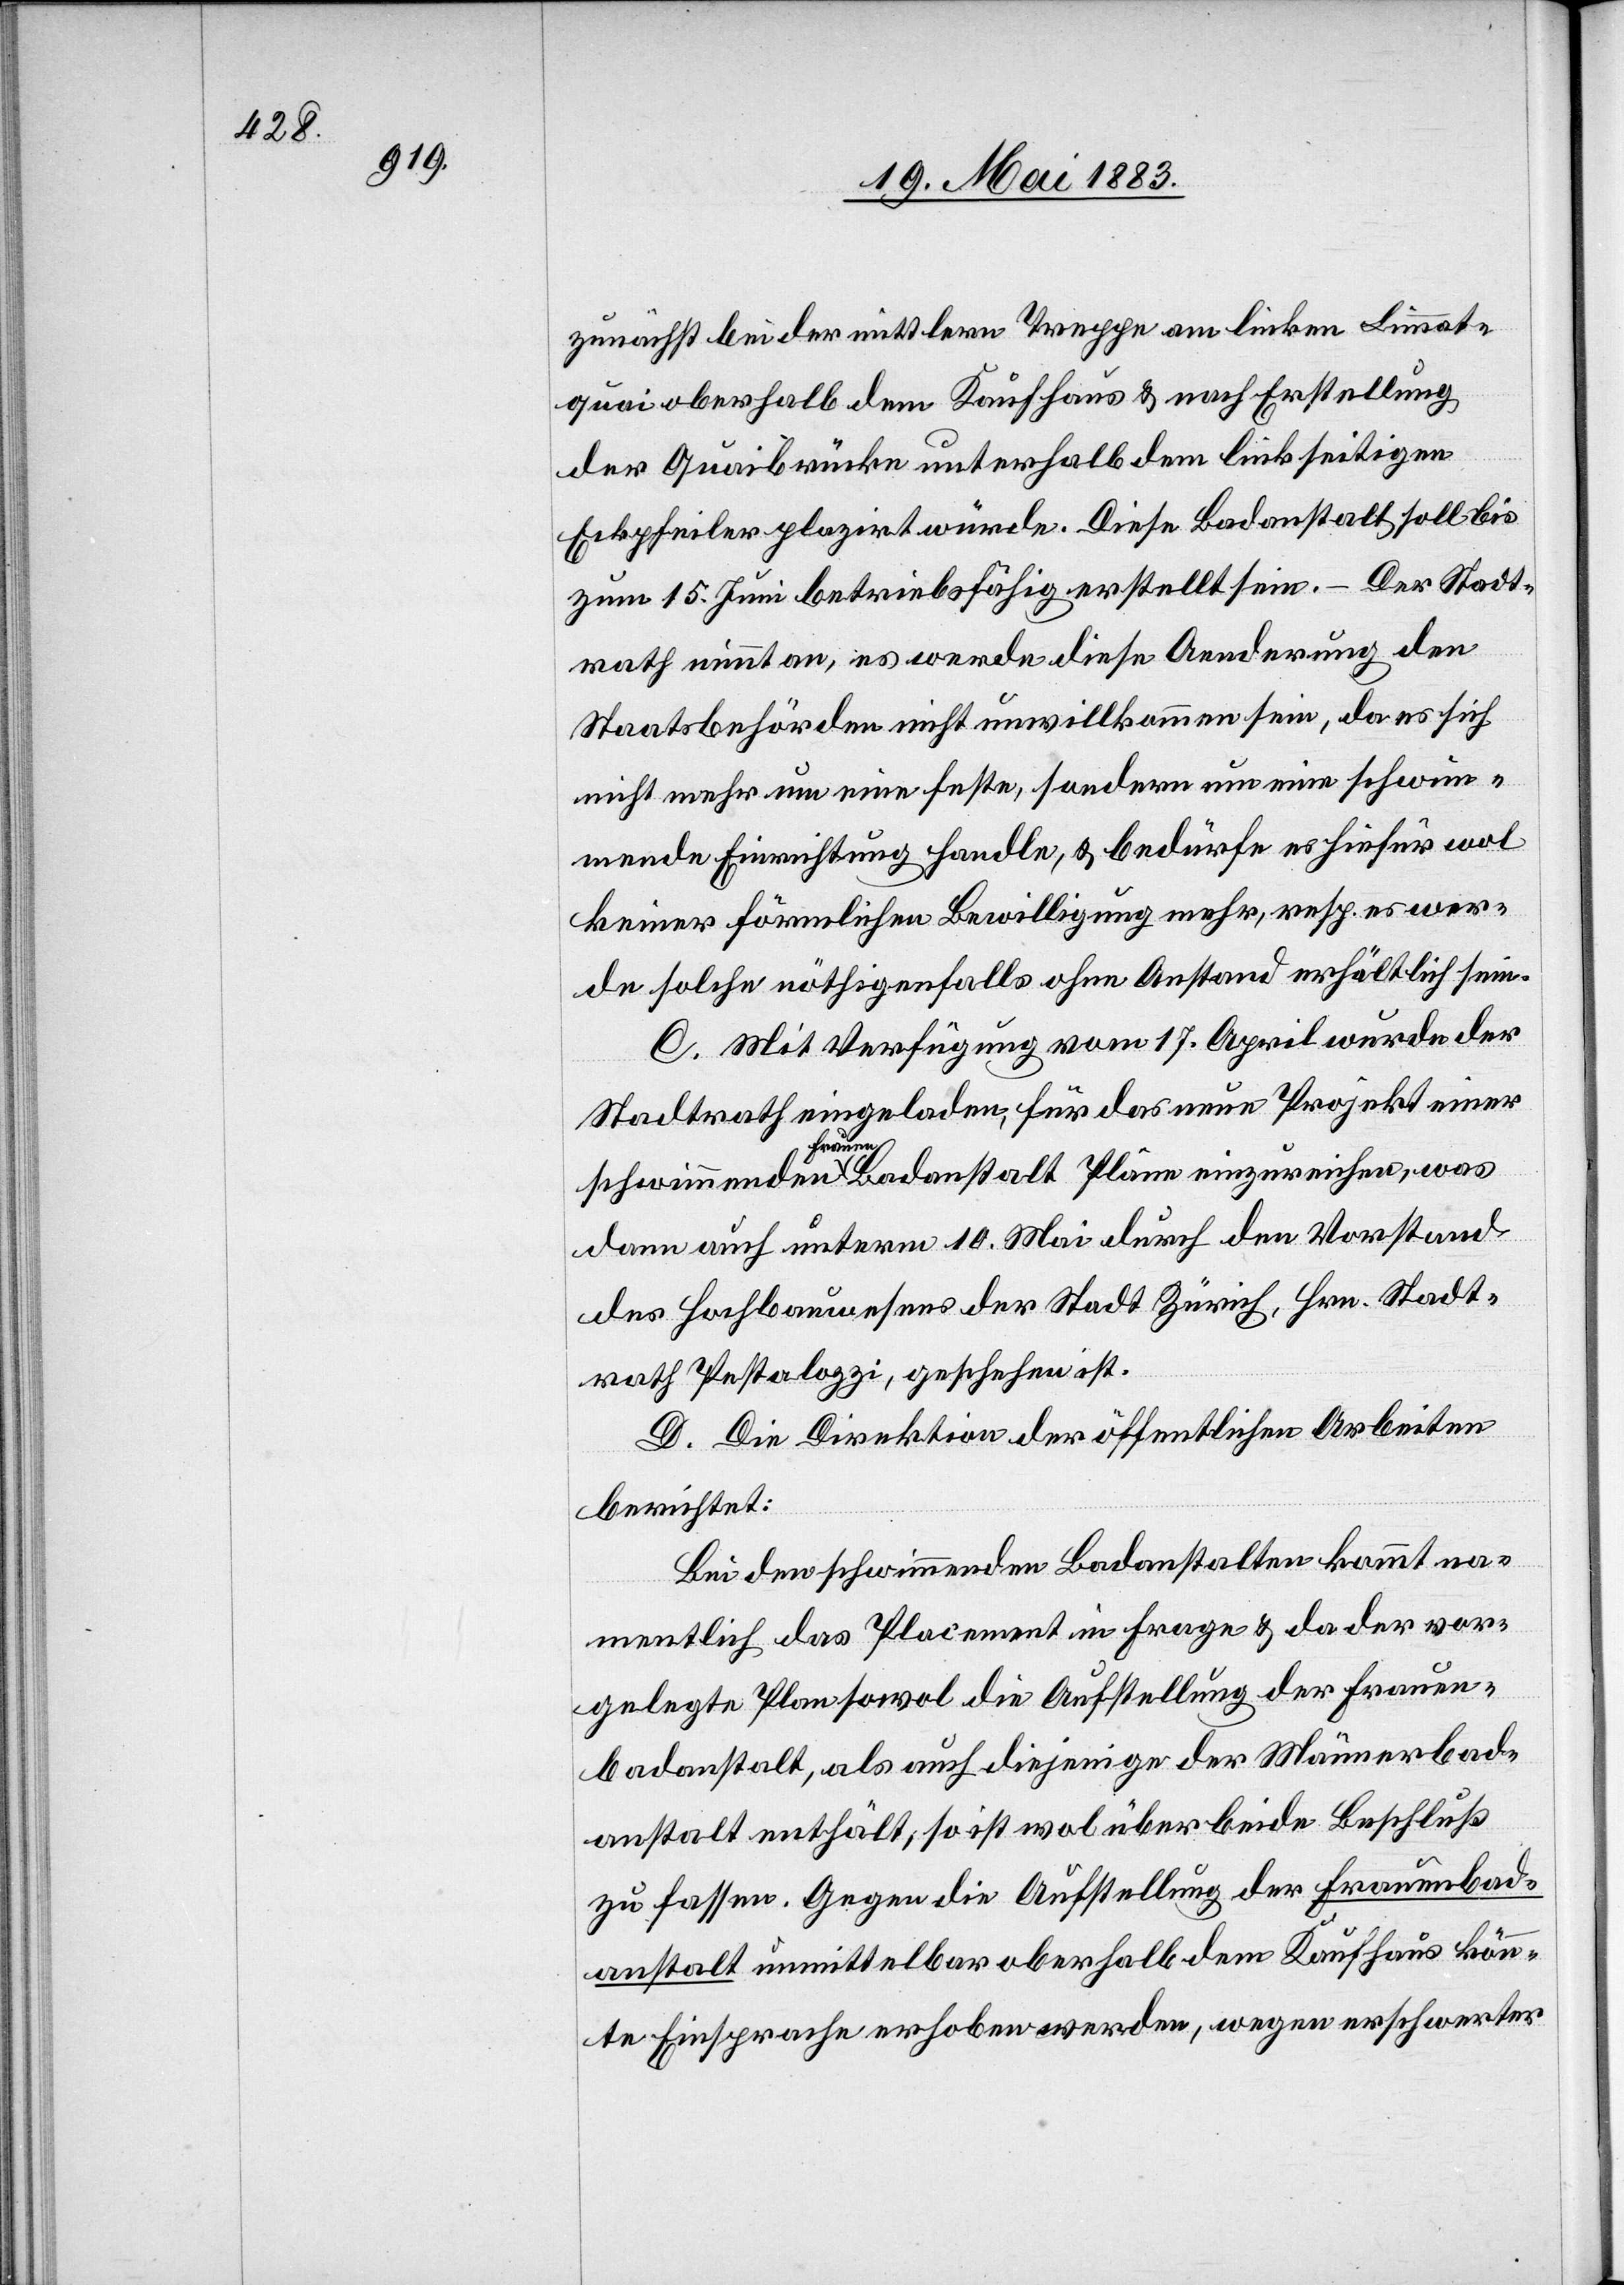
zunächst bei der mittlern Treppe am linken Limmat¬
quai oberhalb dem Kaufhaus & nach Erstellung
der Quaibrücke unterhalb dem linkseitigen
Eckpfeiler plazirt würde. Diese Badanstalt soll bis
zum 15. Juni betriebsfähig erstellt sein. – Der Stadt¬
rath nimmt an, es werde diese Aenderung den
Staatsbehörden nicht unwillkommen sein, da es sich
nicht mehr um eine feste, sondern um eine schwim¬
mende Einrichtung handle, & bedürfe es hiefür wol
keiner förmlichen Bewilligung mehr, resp. es wer¬
de solche nöthigenfalls ohne Anstand erhältlich sein.
C. Mit Verfügung vom 17. April wurde der
Stadtrath eingeladen, für das neue Projekt einer
schwimmenden a-Frauen-a Badanstalt Pläne einzureichen, was
dann auch unterm 10. Mai durch den Vorstand
des Hochbauwesens der Stadt Zürich, Hrn. Stadt¬
rath Pestalozzi, geschehen ist.
D. Die Direktion der öffentlichen Arbeiten
berichtet:
Bei den schwimmenden Badanstalten kommt na¬
mentlich das Placement in Frage & da der vor¬
gelegte Plan sowol die Aufstellung der Frauen¬
badanstalt, als auch diejenige der Männerbad¬
anstalt enthält, so ist wol über beide Beschluß
zu fassen. Gegen die Aufstellung der Frauenbad¬
anstalt unmittelbar oberhalb dem Kaufhaus könn¬
te Einsprache erhoben werden, wegen erschwerter